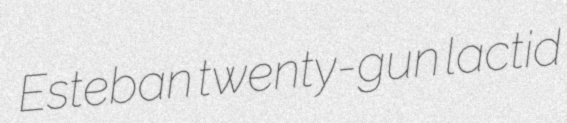
Esteban twenty-gun lactid